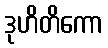
ဒုဟိတိကော